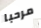
مرحبا